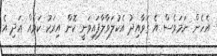
އެހެން ނަމަވެސް އެ ގަވާއިދު އެކުލަވާލާފައިވަނީ ކޮން އިރަކު ކަމެއް އަދި އެ